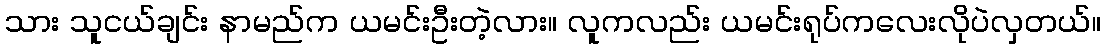
သား သူငယ်ချင်း နာမည်က ယမင်းဦးတဲ့လား။ လူကလည်း ယမင်းရုပ်ကလေးလိုပဲလှတယ်။